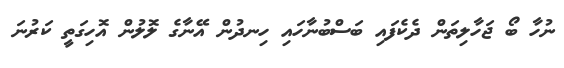
ނުހާ ބޯ ޖަހާލިތަން ދެކެފައި ބަސްބުނާހައި ހިނދުން އޭނާގެ ލޮލުން އޮހިގަތީ ކަރުނަ